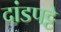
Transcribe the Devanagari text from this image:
दांडपट्टे